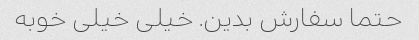
حتما سفارش بدین. خیلی خیلی خوبه